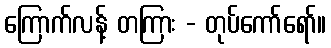
ကြောက်လန့် တကြား - တုပ်ကော်ရော်။